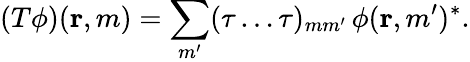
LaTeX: (T\phi)({\mathbf{r}},m)=\sum_{m^{\prime}}(\tau\ldots\tau)_{mm^{\prime}}\, \phi({\mathbf{r}},m^{\prime})^{*}.